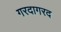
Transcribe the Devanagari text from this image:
गरदागरद